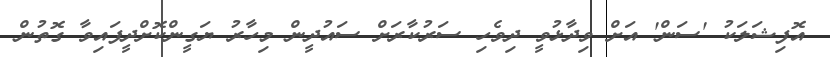
އޮފިޝަލަކު 'ސަން' އަށް ވިދާޅުވީ ދިވެހި ސަރުކާރަށް ސައުދީން މިހާރު ޔަގީންކޮށްދީފައިވާ ގޮތުން